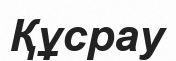
Құсрау